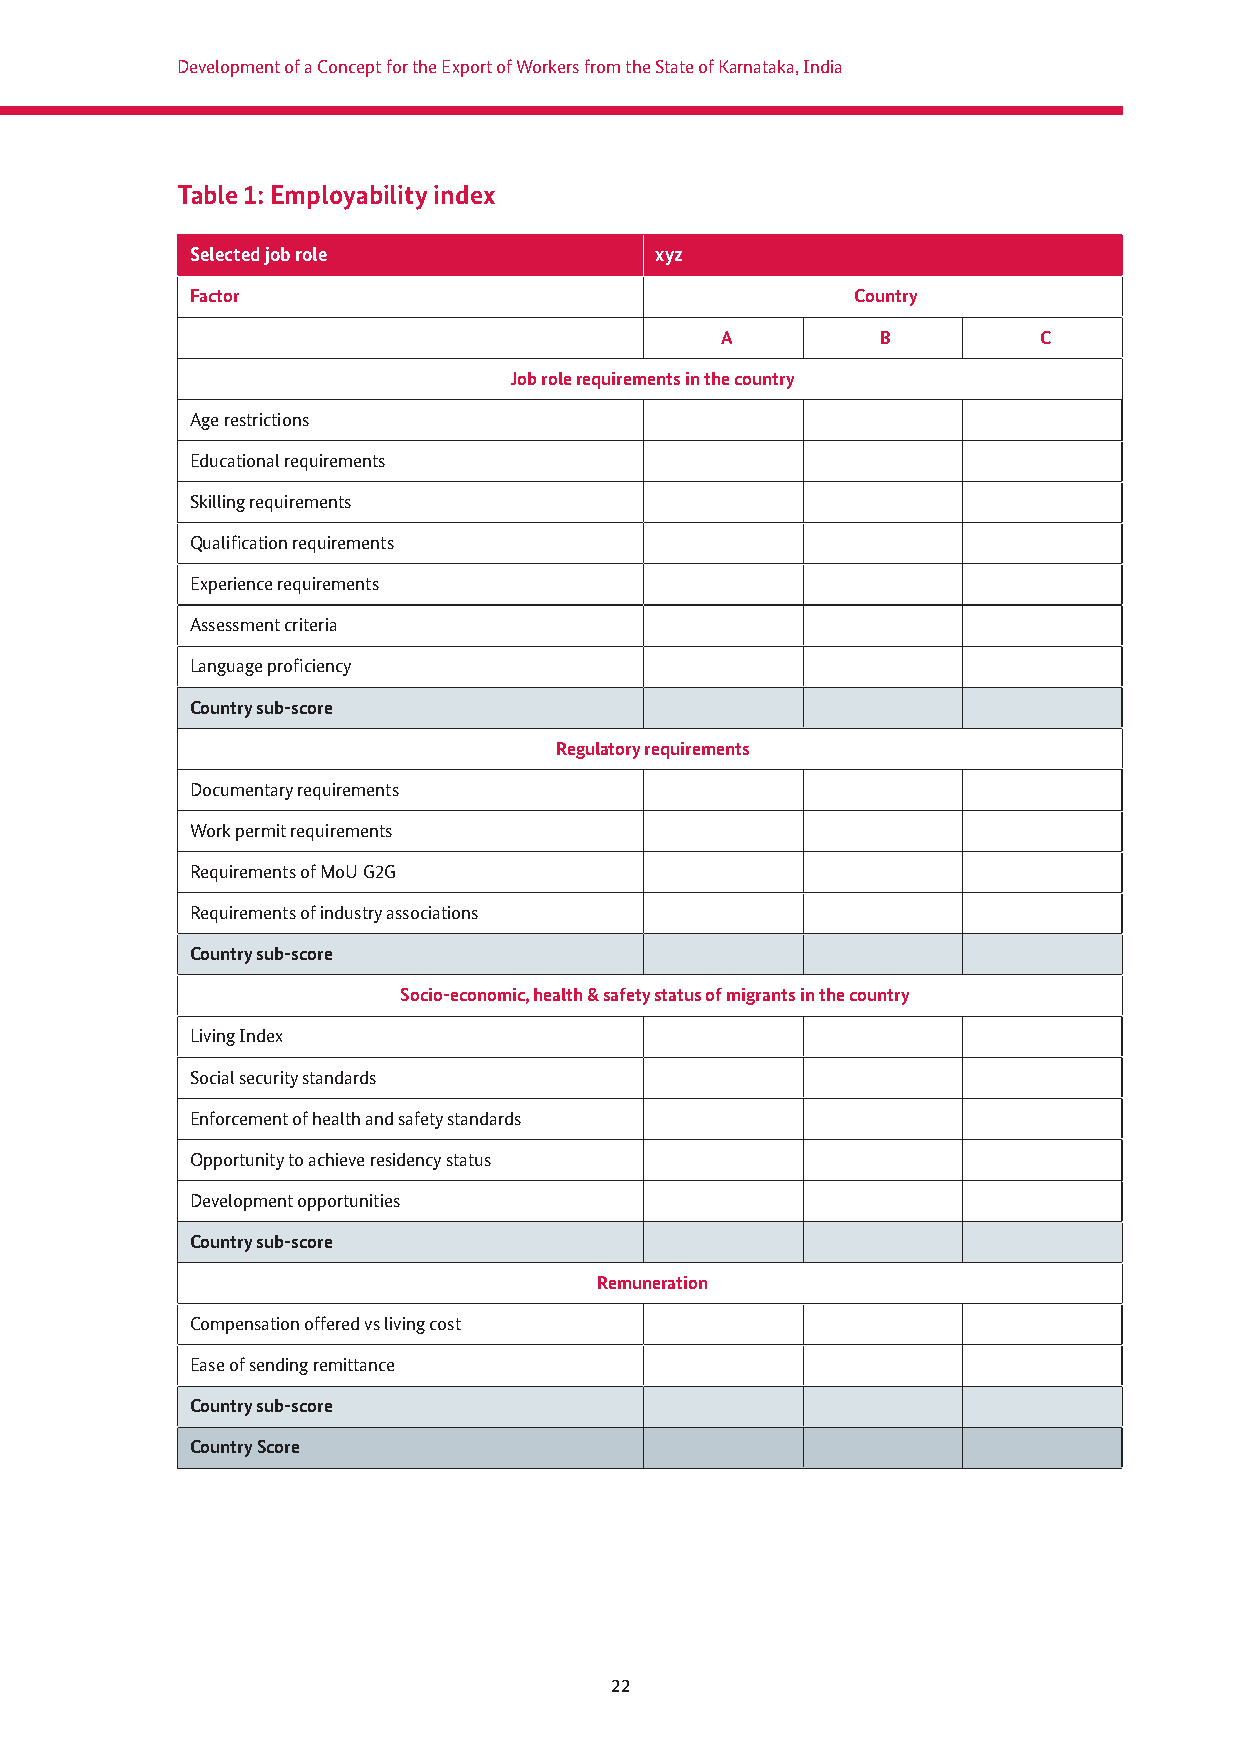
Development of a Concept for the Export of Workers from the State of Karnataka, India
 Table 1: Employability index
 Selected job role             xyz
 Factor                                      Country
 A         B          C
 Job role requirements in the country
 Age restrictions
 Educational requirements
 Skilling requirements
 Qualifi cation requirements
 Experience requirements
 Assessment criteria
 Language profi ciency
 Country sub-score
 Regulatory requirements
 Documentary requirements
 Work permit requirements
 Requirements of MoU G2G
 Requirements of industry associations
 Country sub-score
 Socio-economic, health & safety status of migrants in the country
 Living Index
 Social security standards
 Enforcement of health and safety standards
 Opportunity to achieve residency status
 Development opportunities
 Country sub-score
 Remuneration
 Compensation offered vs living cost
 Ease of sending remittance
 Country sub-score
 Country Score
 22